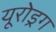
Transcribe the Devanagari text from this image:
यूरोड्रग